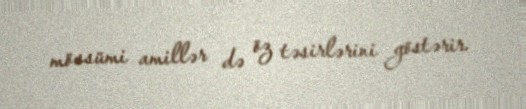
mövsümi amillər də öz təsirlərini göstərir.